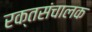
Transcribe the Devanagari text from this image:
रक्तसंचालक